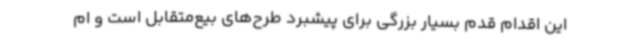
این اقدام قدم بسیار بزرگی برای پیشبرد طرح‌های بیع‌متقابل است و ام